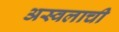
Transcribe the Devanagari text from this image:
अस्वलाची